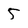
Character: 5